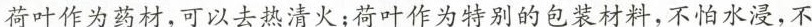
荷叶作为药材，可以去热清火；荷叶作为特别的包装材料，不怕水浸，不